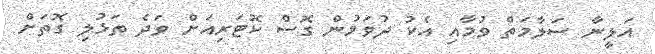
އަލީނާ ސަލާމަތް ވުމާއި އެކު ދުވަމުން ގޮސް ކޮޓަރިއަށް ވަދެ ތަޅުލި ގޮތަށް